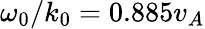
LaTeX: \omega_{0}/k_{0}=0.885v_{A}